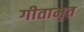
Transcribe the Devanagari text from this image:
गीतामृत